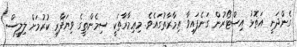
ގެންދަނީ އަތޮޅު އިސްޓޯރުން ގަނެފައިވާ ޢިމާރާތުގައެވެ. މިޢިމާރާތަކީ ސިމެންތީގެ ވިޔަފާރި ކުރުމަށް ލިލީސް